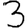
Digit: 3